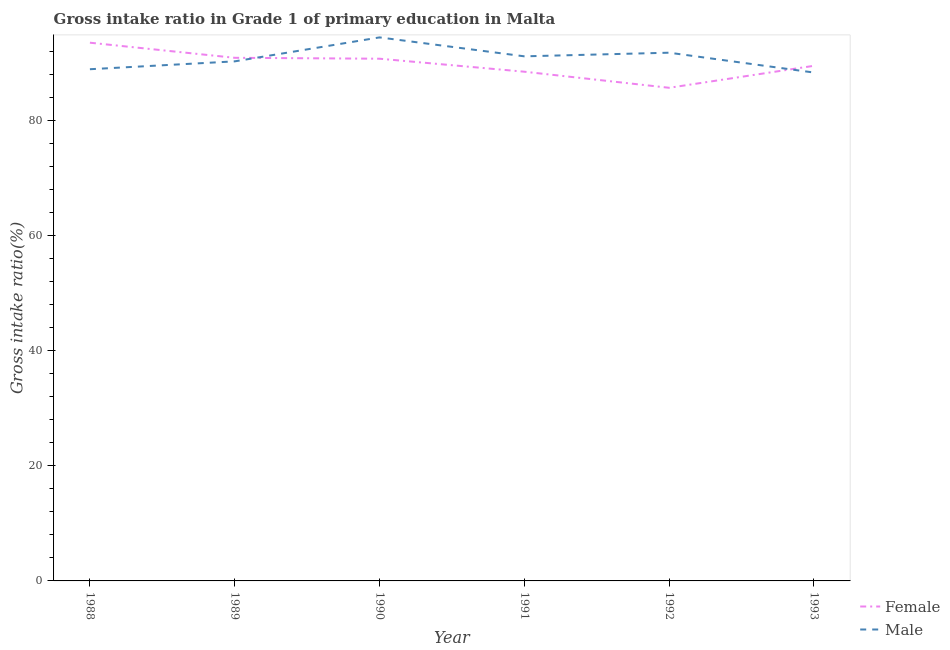
| Year | Female | Male |
 | --- | --- | --- |
 | 1988 | 93.5 | 88.9 |
 | 1989 | 90.9 | 90.3 |
 | 1990 | 90.8 | 94.5 |
 | 1991 | 88.5 | 91.2 |
 | 1992 | 85.7 | 91.8 |
 | 1993 | 89.5 | 88.4 |